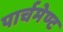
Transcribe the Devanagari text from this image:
पार्चमेण्ट